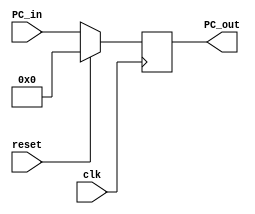
`timescale 1ns / 1ps
//////////////////////////////////////////////////////////////////////////////////
// Company: 
// Engineer: 
// 
// Design Name: 
// Module Name: Program_Counter
// Project Name: 
// Target Devices: 
// Tool Versions: 
// Description: 
// 
// Dependencies: 
// 
// Revision:
// Revision 0.01 - File Created
// Additional Comments:
// 
//////////////////////////////////////////////////////////////////////////////////


module Program_Counter(
    input clk,
    input reset,
    input [63:0] PC_in,
    output reg [63:0] PC_out
    );
    
    initial begin
     PC_out = 0;
     
    end
    
    always@(posedge clk)
    begin
        PC_out = PC_in;
        
        if (reset ==1)
            PC_out = 0;
   end
    
    
endmodule


module pc_adder(
    input [63:0] a,
    input [63:0] b,
    output reg [63:0] out
    );
    
    always@(*)
     out = a + b;
    
    
    
endmodule